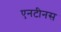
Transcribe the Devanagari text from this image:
एनटीनस